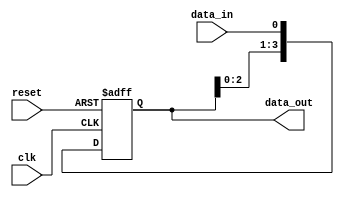
module sipo_register (
    input wire clk,
    input wire reset,
    input wire data_in,
    output reg [3:0] data_out
);

reg [3:0] storage_elements;

always @(posedge clk or posedge reset) begin
    if (reset) begin
        storage_elements <= 4'b0000;
    end else begin
        storage_elements <= {storage_elements[2:0], data_in};
    end
end

assign data_out = storage_elements;

endmodule